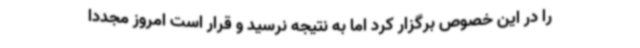
را در این خصوص برگزار کرد اما به نتیجه نرسید و قرار است امروز مجددا